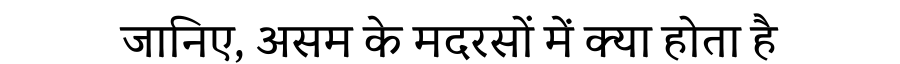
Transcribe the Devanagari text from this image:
जानिए, असम के मदरसों में क्या होता है